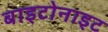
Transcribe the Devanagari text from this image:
बाइटोनाइट